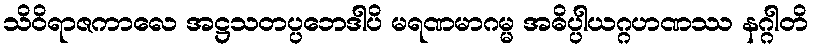
သိဝိရာဇကာလေ အဋ္ဌသတပ္ပဘေဒါပိ မရဏမာဂမ္မ အဓိပ္ပါယဂ္ဂဟဏဿ နဂ္ဂါတိ